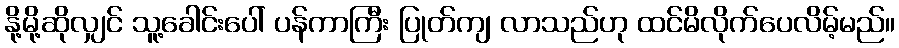
နို့မို့ဆိုလျှင် သူ့ခေါင်းပေါ် ပန်ကာကြီး ပြုတ်ကျ လာသည်ဟု ထင်မိလိုက်ပေလိမ့်မည်။